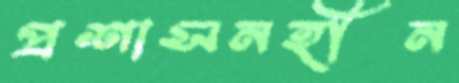
প্রশাসনহীন